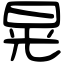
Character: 晃